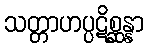
သတ္တာဟပ္ပဋိစ္ဆန္နာ